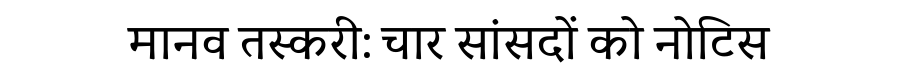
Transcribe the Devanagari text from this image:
मानव तस्करी: चार सांसदों को नोटिस